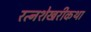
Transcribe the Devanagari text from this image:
रत्नशेखरीकथा